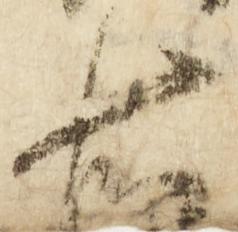
右